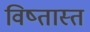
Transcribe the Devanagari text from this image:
विष्तास्त